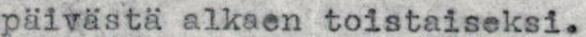
päivästä alkaen toistaiseksi.